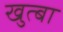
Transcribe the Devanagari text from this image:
खुत्बा